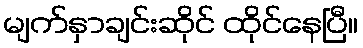
မျက်နှာချင်းဆိုင် ထိုင်နေပြီ။